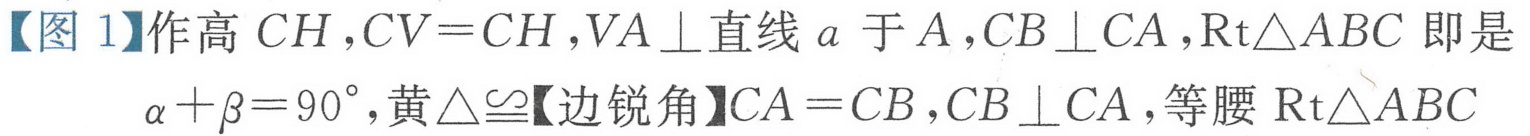
【图 1】作高 \(CH\)，\(CV = CH\)，\(VA\perp\)直线 \(a\) 于 \(A\)，\(CB\perp CA\)，\(\text{Rt}\triangle ABC\) 即是\(\alpha+\beta = 90^{\circ}\)，黄\(\triangle\cong\)【边锐角】\(CA = CB\)，\(CB\perp CA\)，等腰 \(\text{Rt}\triangle ABC\)